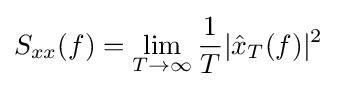
S_{xx}(f)=\lim _{T\to \infty }{\frac {1}{T}}|{\hat {x}}_{T}(f)|^{2}